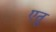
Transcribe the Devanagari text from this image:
एतू